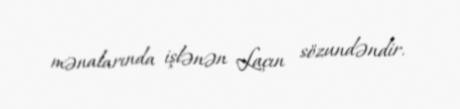
mənalarında işlənən Laçın sözundəndir.